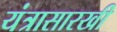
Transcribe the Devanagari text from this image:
यंत्रासारखी